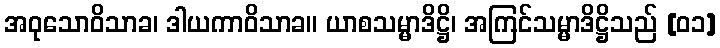
အဝုသောဝိသာခ၊ ဒါယကာဝိသာခ။ ယာစသမ္မာဒိဋ္ဌိ၊ အကြင်သမ္မာဒိဋ္ဌိသည် [၀၁]